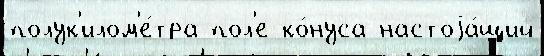
полук'илом'е́тра пол'е ко́нуса настоjа́щий